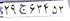
۲۹ج۶۳۴۵۳